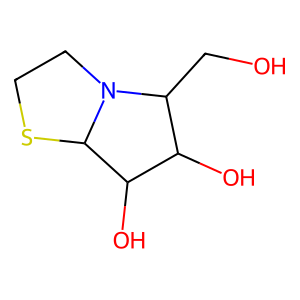
SMILES: OCC1C(O)C(O)C2SCCN12
Inhibits HIV replication: No